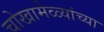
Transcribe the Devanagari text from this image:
चोखामेळ्यांच्या